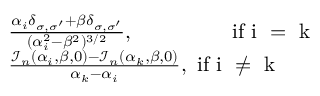
\begin{array} { r l } & { \frac { \alpha _ { i } \delta _ { \sigma , \sigma ^ { \prime } } + \beta \delta _ { \sigma , \sigma ^ { \prime } } } { ( \alpha _ { i } ^ { 2 } - \beta ^ { 2 } ) ^ { 3 / 2 } } , \mathrm { \, \, \, \, \, \, \, \, \, \, \, \, \, \, \, \, \, \, \, \, \, \, \, \, \, \, ~ i f ~ i ~ = ~ k ~ } } \\ & { \frac { \mathcal { I } _ { n } ( \alpha _ { i } , \beta , 0 ) - \mathcal { I } _ { n } ( \alpha _ { k } , \beta , 0 ) } { \alpha _ { k } - \alpha _ { i } } , \mathrm { ~ i f ~ i ~ \neq ~ k ~ } } \end{array}